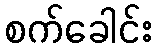
စက်ခေါင်း